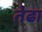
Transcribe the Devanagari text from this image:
तेढा